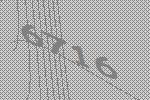
6716